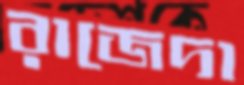
রাজেদা